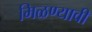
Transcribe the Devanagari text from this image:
मिळण्यावी